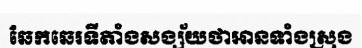
ឆែកឆេរទីតាំងសង្ស័យថាអានទាំងស្រុង